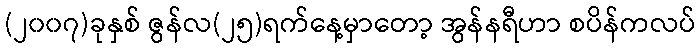
(၂၀၀၇)ခုနှစ် ဇွန်လ(၂၅)ရက်နေ့မှာတော့ အွန်နရီဟာ စပိန်ကလပ်